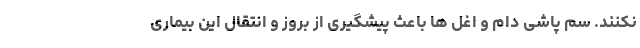
نکنند. سم پاشی دام و اغل ها باعث پیشگیری از بروز و انتقال این بیماری